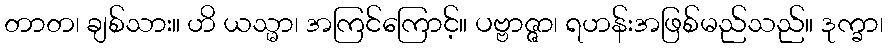
တာတ၊ ချစ်သား။ ဟိ ယသ္မာ၊ အကြင်ကြောင့်။ ပဗ္ဗာဇ္ဇာ၊ ရဟန်းအဖြစ်မည်သည်။ ဒုက္ခာ၊